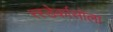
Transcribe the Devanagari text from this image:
रस्डेर्कासोला